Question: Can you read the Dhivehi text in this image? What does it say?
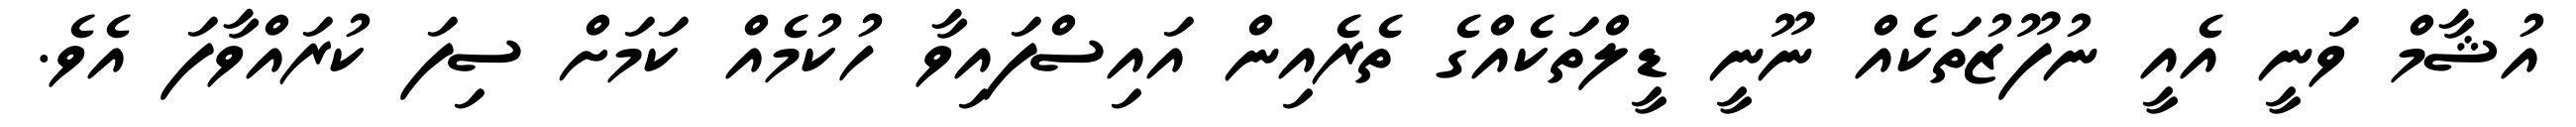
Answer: އުޝާމް ވަނީ އެއީ ނުފޫޒުތަކެއް ނޫނީ ޑީލްތަކެއްގެ ތެރެއިން އައިސްފައިވާ ހުކުމެއް ކަމަށް ސިފަ ކުރައްވާފަ އެވެ.